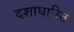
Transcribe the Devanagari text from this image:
दशाधारित